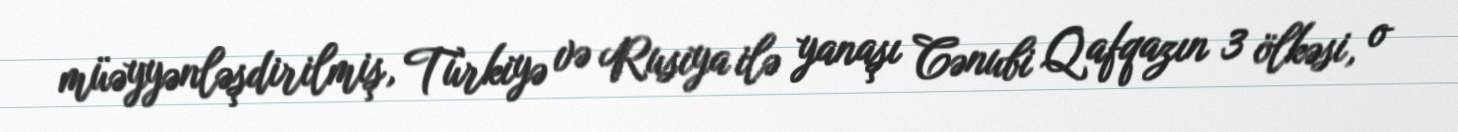
müəyyənləşdirilmiş, Türkiyə və Rusiya ilə yanaşı Cənubi Qafqazın 3 ölkəsi, o